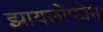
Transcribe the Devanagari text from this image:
झायलोफोन